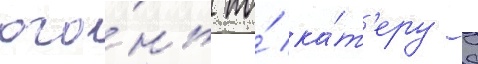
ого́нь по́ ка́т'еру с